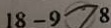
1 8 - 9 > 8